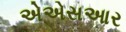
એએસઆર